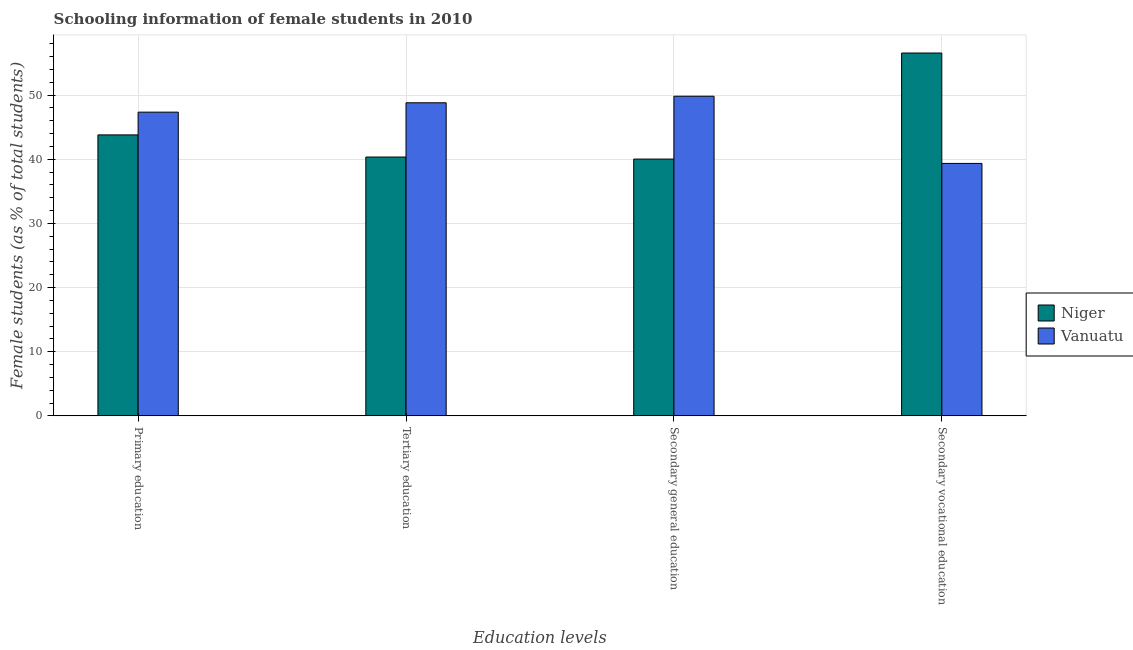
| Education levels | Niger | Vanuatu |
 | --- | --- | --- |
 | Primary education | 43.8 | 47.3 |
 | Tertiary education | 40.3 | 48.8 |
 | Secondary general education | 40 | 49.8 |
 | Secondary vocational education | 56.6 | 39.4 |